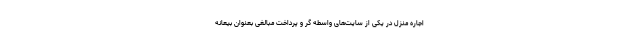
اجاره منزل در یکی از سایت‌های واسطه گر و پرداخت مبالغی بعنوان بیعانه